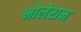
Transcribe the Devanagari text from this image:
भोलेराम